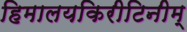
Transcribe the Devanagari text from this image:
हिमालयकिरीटिनीम्